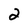
Character: 2